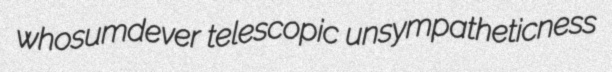
whosumdever telescopic unsympatheticness